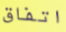
اتفاق